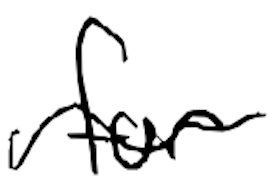
Text: for
Cross-out: wave
Writing tool: digital_black